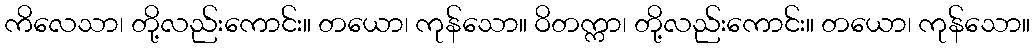
ကိလေသာ၊ တို့လည်းကောင်း။ တယော၊ ကုန်သော။ ဝိတက္ကာ၊ တို့လည်းကောင်း။ တယော၊ ကုန်သော။